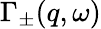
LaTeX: \Gamma_{\pm}(q,\omega)